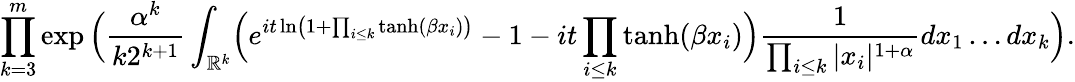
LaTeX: \prod_{k=3}^{m}\exp\Big(\frac{\alpha^{k}}{k2^{k+1}}\int_{\mathbb{R}^{k}}\Bigl(e^{it\ln\bigl(1+\prod_{i\leq k}\operatorname{tanh}(\beta x_{i})\bigr)}-1-it\prod_{i\leq k}\operatorname{tanh}(\beta x_{i})\Bigr)\frac{1}{\prod_{i\leq k}|x_{i}|^{1+\alpha}}dx_{1}\dots dx_{k}\Big).